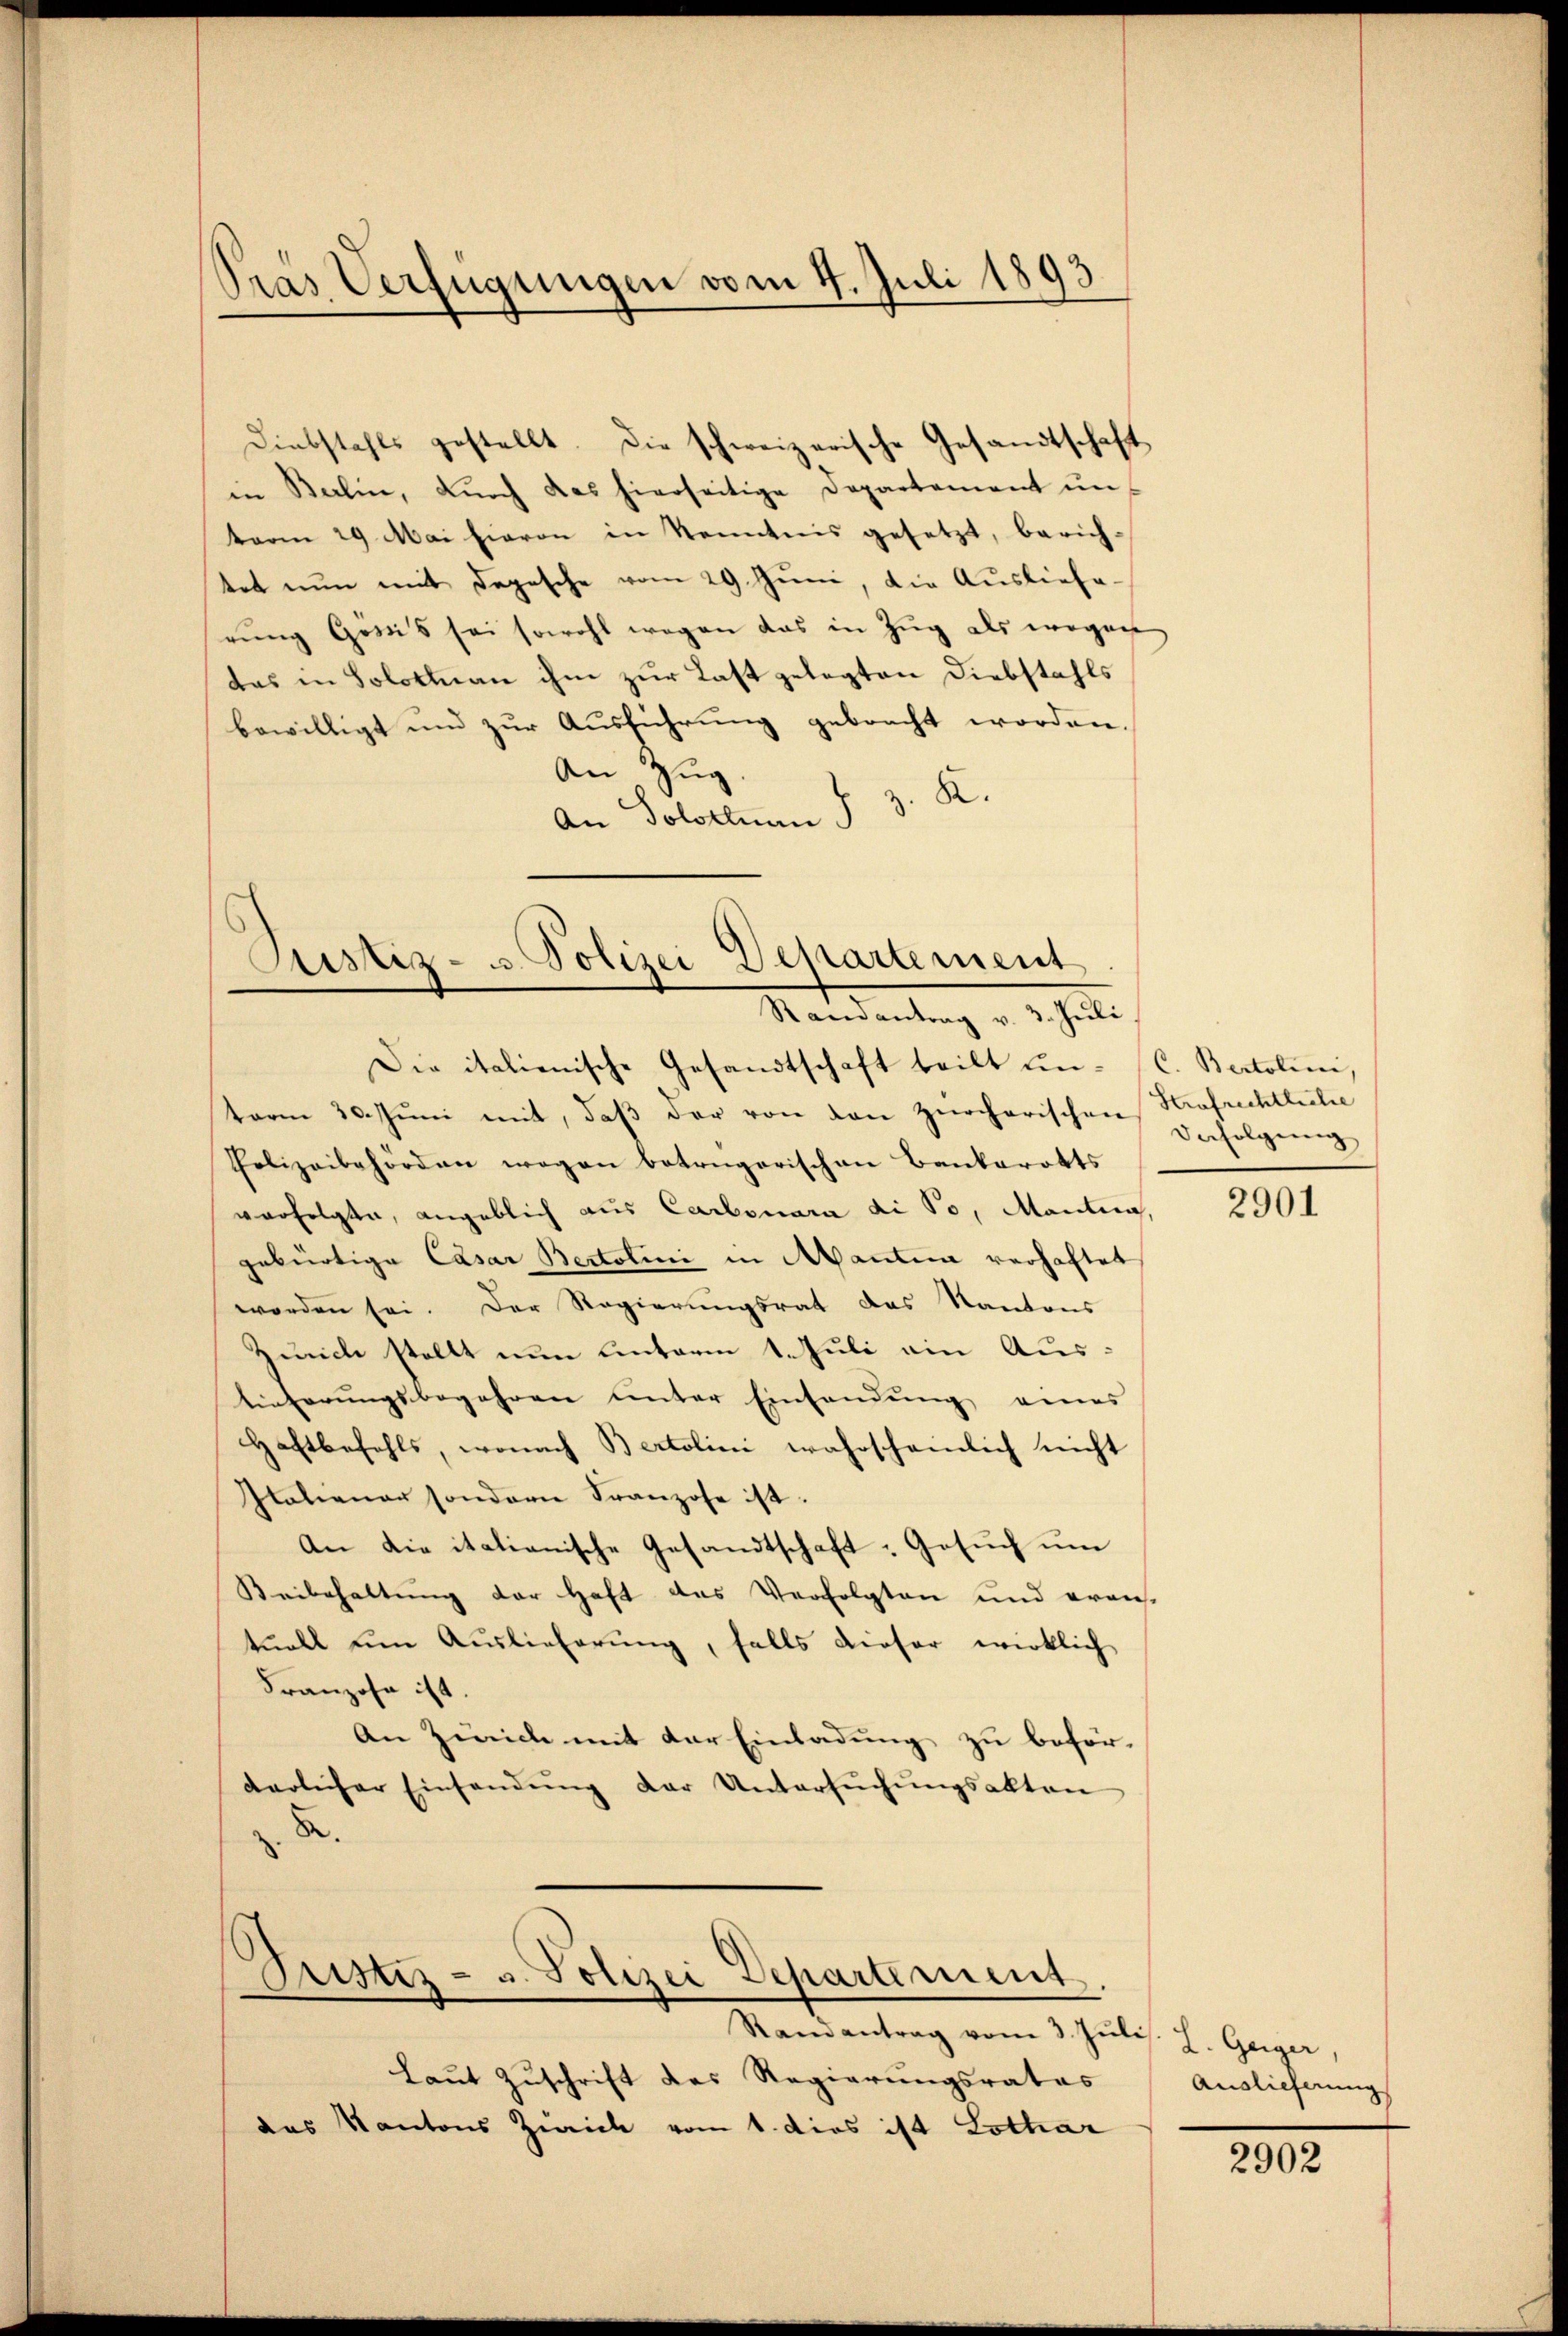
Pras Verfügungen vom 4. Juli 1893

Diebstahls gestellt. Die schweizerische Gesandtschaft
in Berlin, durch das hierseitige Departement unterm 29 Mai hieron in Kenntnis gesetzt, berichtet nun mit Depesche vom 29. Juni, die Ausliefe-
rung Gewis sei sowohl wegen das in Zug als wegen
das in Solothurn ihm zur Last gelegten Diebstahls
bewilligt und zur Ausführung gebracht worden.
An Zŭg.
An Solothurn § 3. K.

Justiz- & Polizei Departement
Mandeutung v. J. alte
Die italienische Gesandtschaft teilt un- C. Bertolini,

term 30. Juni mit, daß der von den Zürcherischen Strafrichtliche
Polizeibehörden wegen betrügerischen Bankarotts
verfolgte, angeblich aus Carbonara di So, Mantia,
gebürtige Casar Bertolini in Manten verhaftet
worden sei. Der Regierungsrat das Kantons
Zürich stellt nun unterm 1. Juli ein Austieferungsbegehren unter Einsendung eines
Haftbefehls, wonach Bertolini wahrscheinlich nicht
Italiener sondern Franzose ist.
An die italianische Gesandtschaft: Gesuch um
Beibehaltung der Haft des Verfolgten und erans-
tuell um Auslieferung, falls dieser wirklich
Franzosen ist.
An Zürich mit der Einladung zu beför-
darlicher Einsandŭng der Untersŭchŭngsakten
R

ustiz- u. Polizei Departement
Randantrag vom 3. Jŭlis. L. Geiger,

Laut Zuschrift des Regierungsrates
das Kantons Zürich vom 1. dies ist Lothar

Befolgung

2901

Auslieferung

2902